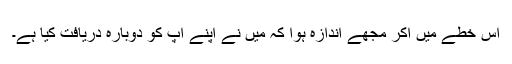
اس خطے میں آکر مجھے اندازہ ہوا کہ میں نے اپنے آپ کو دوبارہ دریافت کیا ہے۔